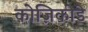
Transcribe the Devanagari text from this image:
कोज़िकोडे